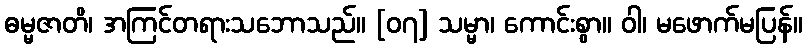
ဓမ္မဇာတိ၊ အကြင်တရားသဘောသည်။ [၀၇] သမ္မာ၊ ကောင်းစွာ။ ဝါ၊ မဖောက်မပြန်။